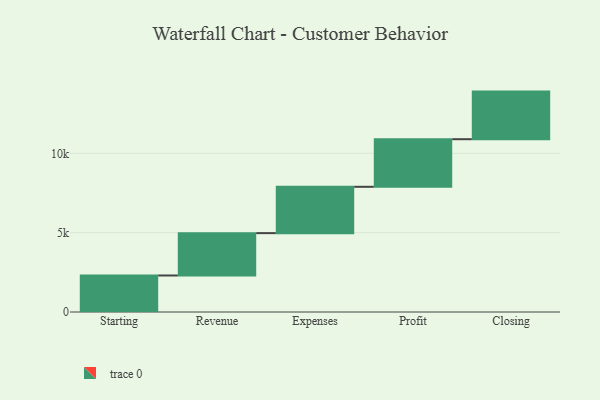
{"axis": {"x": "Step", "y": "Value"}, "legend": [""], "data": [{"x": "Starting", "y": 2302.0, "type": ""}, {"x": "Revenue", "y": 2669.0, "type": ""}, {"x": "Expenses", "y": 2920.0, "type": ""}, {"x": "Profit", "y": 3000, "type": ""}, {"x": "Closing", "y": 3000, "type": ""}]}